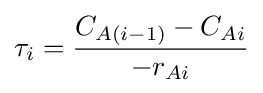
\tau _{i}={\frac {C_{A(i-1)}-C_{Ai}}{-r_{Ai}}}